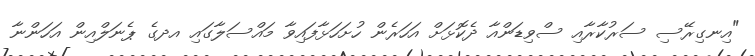
"އިނގިރޭސި ސަރުކާރާއި ސްވިޑަންއާ ދެކޮޅަށް އަހަރެން ހުށަހަޅާފައިވާ މައްސަލާގައި އދގެ ޕެނަލްއިން އަހަންނާ